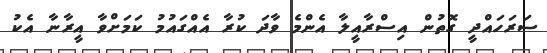
ސަރަހައްދީ ގޮތުން އިސްރާއީލާ އެންމެ ވާދަ ކުރާ އެއްގައުމު ކަމަށްވާ އީރާނާ އެކު